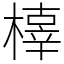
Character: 橭